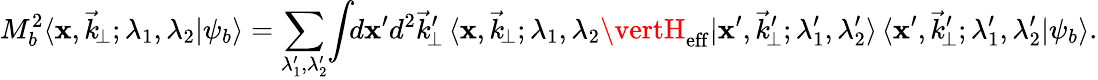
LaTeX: M_{b}^{2}\langle\mathbf{x},\vec{{k}}_{\! \perp};\lambda_{1},\lambda_{2}\vert\psi_{b}\rangle=\sum_{\lambda_{1}^{\prime},\lambda_{2}^{\prime}}\! \int\! \! d\mathbf{x}^{\prime}d^{2}\vec{{k}}_{\! \perp}^{\prime}\, \langle\mathbf{x},\vec{{k}}_{\! \perp};\lambda_{1},\lambda_{2}\vertH_{\mathrm{{eff}}}\vert\mathbf{x}^{\prime},\vec{{k}}_{\! \perp}^{\prime};\lambda_{1}^{\prime},\lambda_{2}^{\prime}\rangle\, \langle\mathbf{x}^{\prime},\vec{{k}}_{\! \perp}^{\prime};\lambda_{1}^{\prime},\lambda_{2}^{\prime}\vert\psi_{b}\rangle.